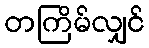
တကြိမ်လျှင်